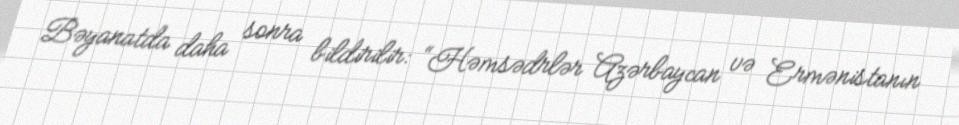
Bəyanatda daha sonra bildirilir: “Həmsədrlər Azərbaycan və Ermənistanın